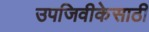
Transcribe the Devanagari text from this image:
उपजिवीकेसाठी